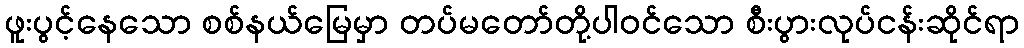
ဖူးပွင့်နေသော စစ်နယ်မြေမှာ တပ်မတော်တို့ပါဝင်သော စီးပွားလုပ်ငန်းဆိုင်ရာ